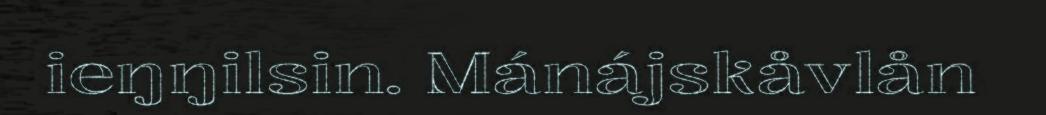
ieŋŋilsin. Mánájskåvlån